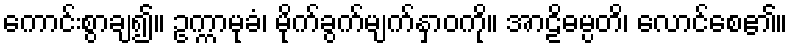
ကောင်းစွာချ၍။ ဥက္ကာမုခံ၊ မိုက်ခွက်မျက်နှာဝကို။ အာဠိဓမ္ပတိ၊ လောင်စေ၏။